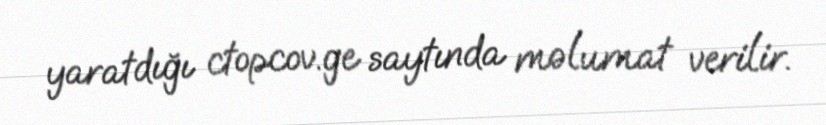
yaratdığı ctopcov.ge saytında məlumat verilir.